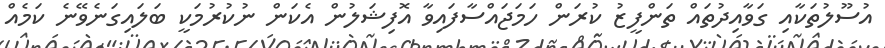
އުސޫލުތަކާއި ގަވާއިދުތައް ތަންފީޒު ކުރަން ހަމަޖައްސާފައިވާ އޮފިޝަލުން އެކަން ނުކުރުމަކީ ބަލައިގަނެވޭނެ ކަމެއް